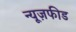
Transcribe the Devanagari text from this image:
न्यूज़फीड